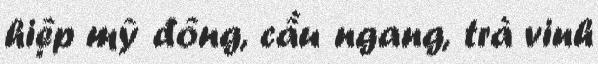
hiệp mỹ đông, cầu ngang, trà vinh